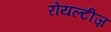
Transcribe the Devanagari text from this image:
रोयल्टीज़